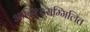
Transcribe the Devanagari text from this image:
आदिश्श्सम्मिलित